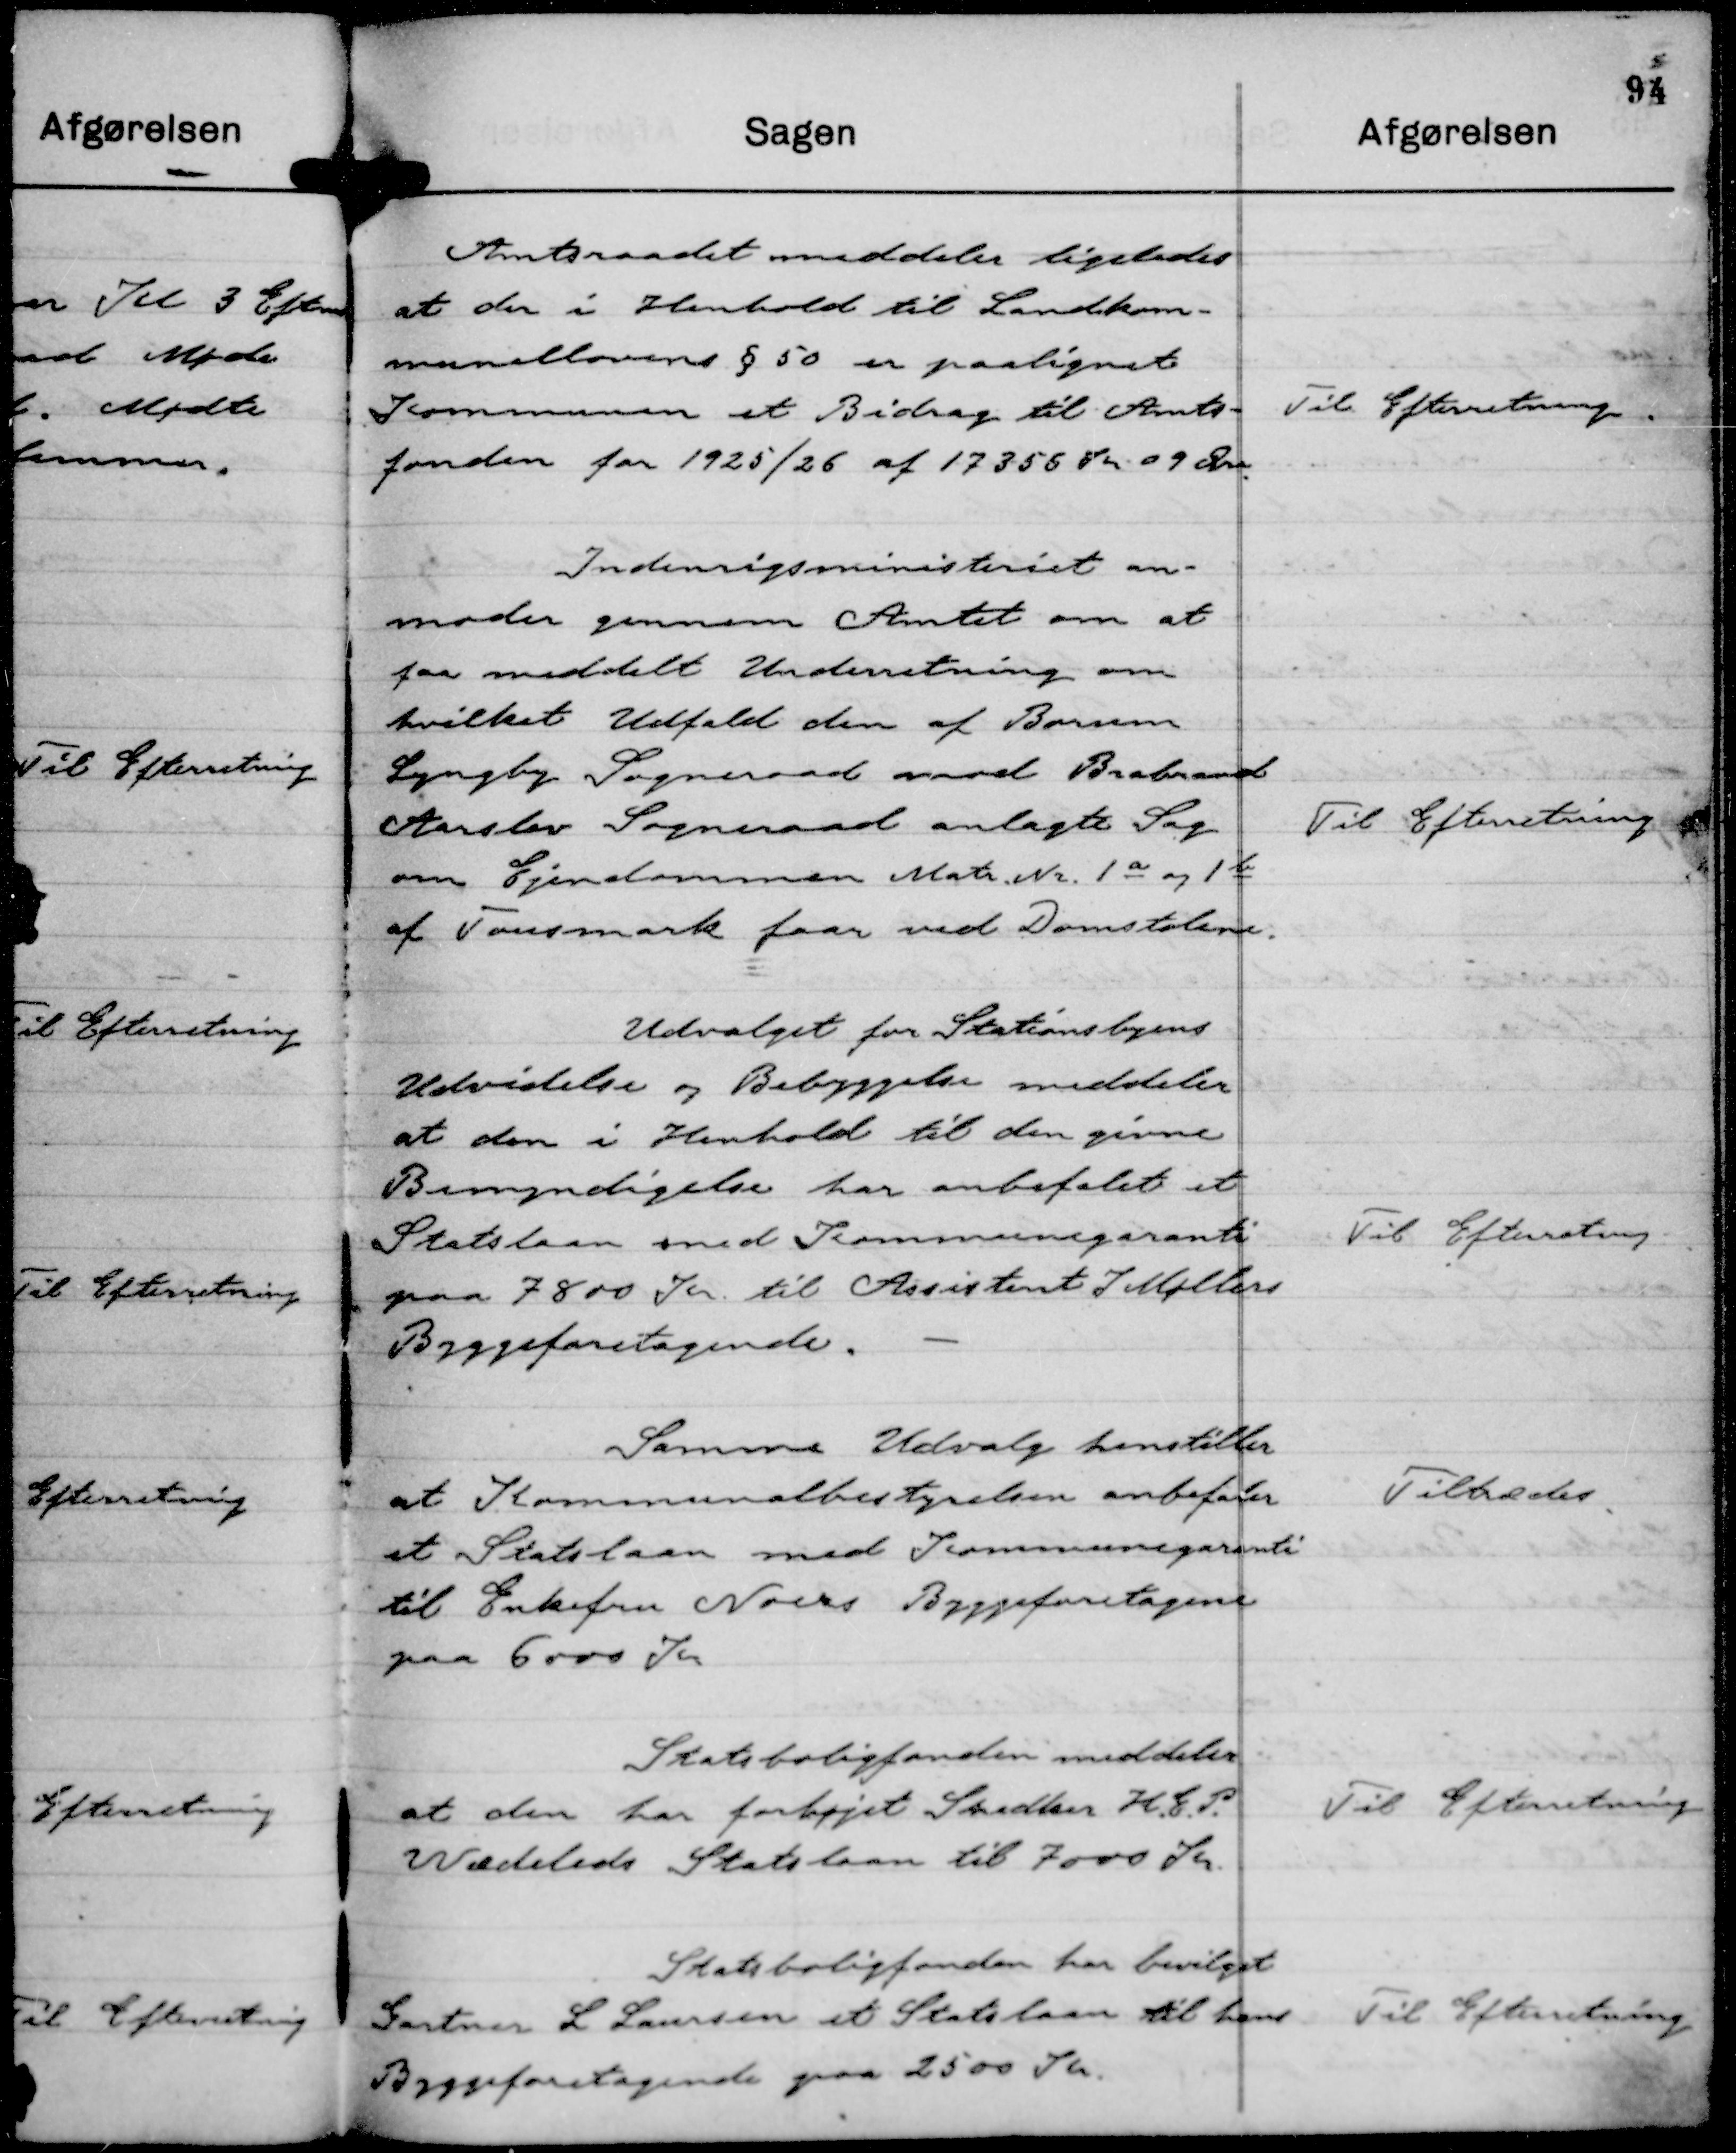
Transskription:
Amtsraadet meddeler ligeledes
at der i Henhold til Landkom-
munallovens § 50 er paalignet
Kommunen et Bidrag til Amts-
fonden for 1925/26 af 17356 Kr 09 Øre.

Til Efterretning

Indenrigsministeriet an-
moder gennem Amtet om at
faa meddelt Underretning om
hvilket Udfald den af Borum
Lyngby Sogneraad mod Brabrand
Aarslev Sogneraad anlagte Sag
om Ejendommen Matr. Nr. 1 a og 1 b
af Tovesmark faar ved Domstolen.

Til Efterretning

Udvalget for Stationsbyens
Udvidelse og Bebyggelse meddeler
at den i Henhold til den givne
Bemyndigelse har anbefalet et
Statslaan med Kommunegaranti
paa 7800 Kr til Assistent I Møllers
Byggeforetagende.

Til Efterretning

Samme Udvalg henstiller
at Kommunalbestyrelsen anbefaler
et Statslaan med Kommunegaranti
til Enkefru Noers Byggeforetagene
paa 6000 Kr

Tiltrædes

Statsboligfonden meddeler
at den har forhøjet Snedker H. E. P.
Wædeleds Statslaan til 7000 Kr.

Til Efterretning

Statsboligfonden har bevilget
Gartner L Laursen et Statslaan til hans
Byggeforetagende paa 2500 Kr.

Til Efterretning